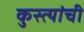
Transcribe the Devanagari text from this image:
कुस्त्यांची